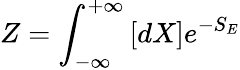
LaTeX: Z=\int_{-\infty}^{+\infty}\left[dX\right]e^{-S_{E}}